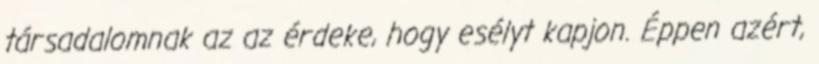
társadalomnak az az érdeke, hogy esélyt kapjon. Éppen azért,